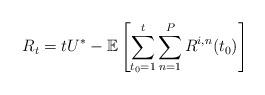
LaTeX: \begin{align*} R_t = tU^* - \mathbb{E}\left[\sum_{t_0=1}^t\sum_{n=1}^P R^{i,n}(t_0)\right]\end{align*}